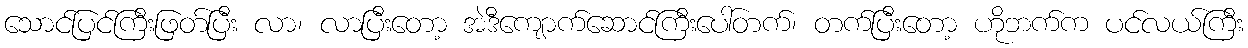
သောင်ပြင်ကြီးဖြတ်ပြီး လာ၊ လာပြီးတော့ အဲဒီကျောက်ဆောင်ကြီးပေါ်တက်၊ တက်ပြီးတော့ ဟိုဘက်က ပင်လယ်ကြီး